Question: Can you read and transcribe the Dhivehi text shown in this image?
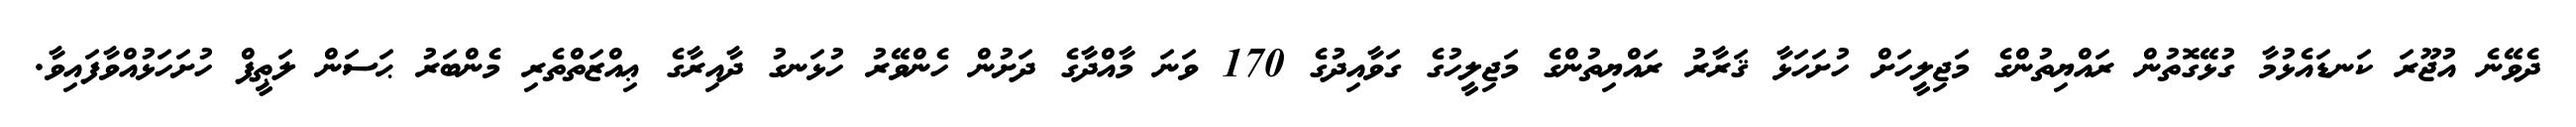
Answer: ދެވޭނެ އުޖޫރަ ކަނޑައެޅުމާ ގުޅޭގޮތުން ރައްޔިތުންގެ މަޖިލީހަށް ހުށަހަޅާ ޤަރާރު ރައްޔިތުންގެ މަޖިލީހުގެ ގަވާއިދުގެ 170 ވަނަ މާއްދާގެ ދަށުން ހެންވޭރު ހުޅަނގު ދާއިރާގެ ޢިއްޒަތްތެރި މެންބަރު ޙަސަން ލަޠީފް ހުށަހަޅުއްވާފައިވާ.